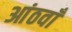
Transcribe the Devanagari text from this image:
आंठवाँ